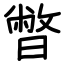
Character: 暼